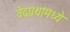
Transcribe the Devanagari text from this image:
वेदग्रंथांमध्ये